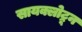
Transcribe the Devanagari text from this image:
सायक्लोट्रून